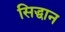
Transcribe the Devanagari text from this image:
सिद्धान